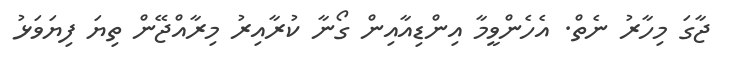
ޖާގަ މިހާރު ނެތް. އެހެންވީމާ އިންޑިއާއިން ގޯނާ ކުރާއިރު މިރާއްޖޭން ތިޔަ ފިޔަވަޅު